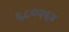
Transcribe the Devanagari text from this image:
६८०२६४